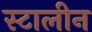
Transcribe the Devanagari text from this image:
स्टालीन